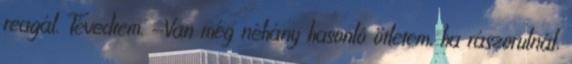
reagál. Tévedtem. -Van még néhány hasonló ötletem, ha rászorulnál,